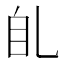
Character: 臫